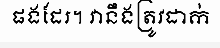
ផងដែរ។ វានឹងត្រូវដាក់